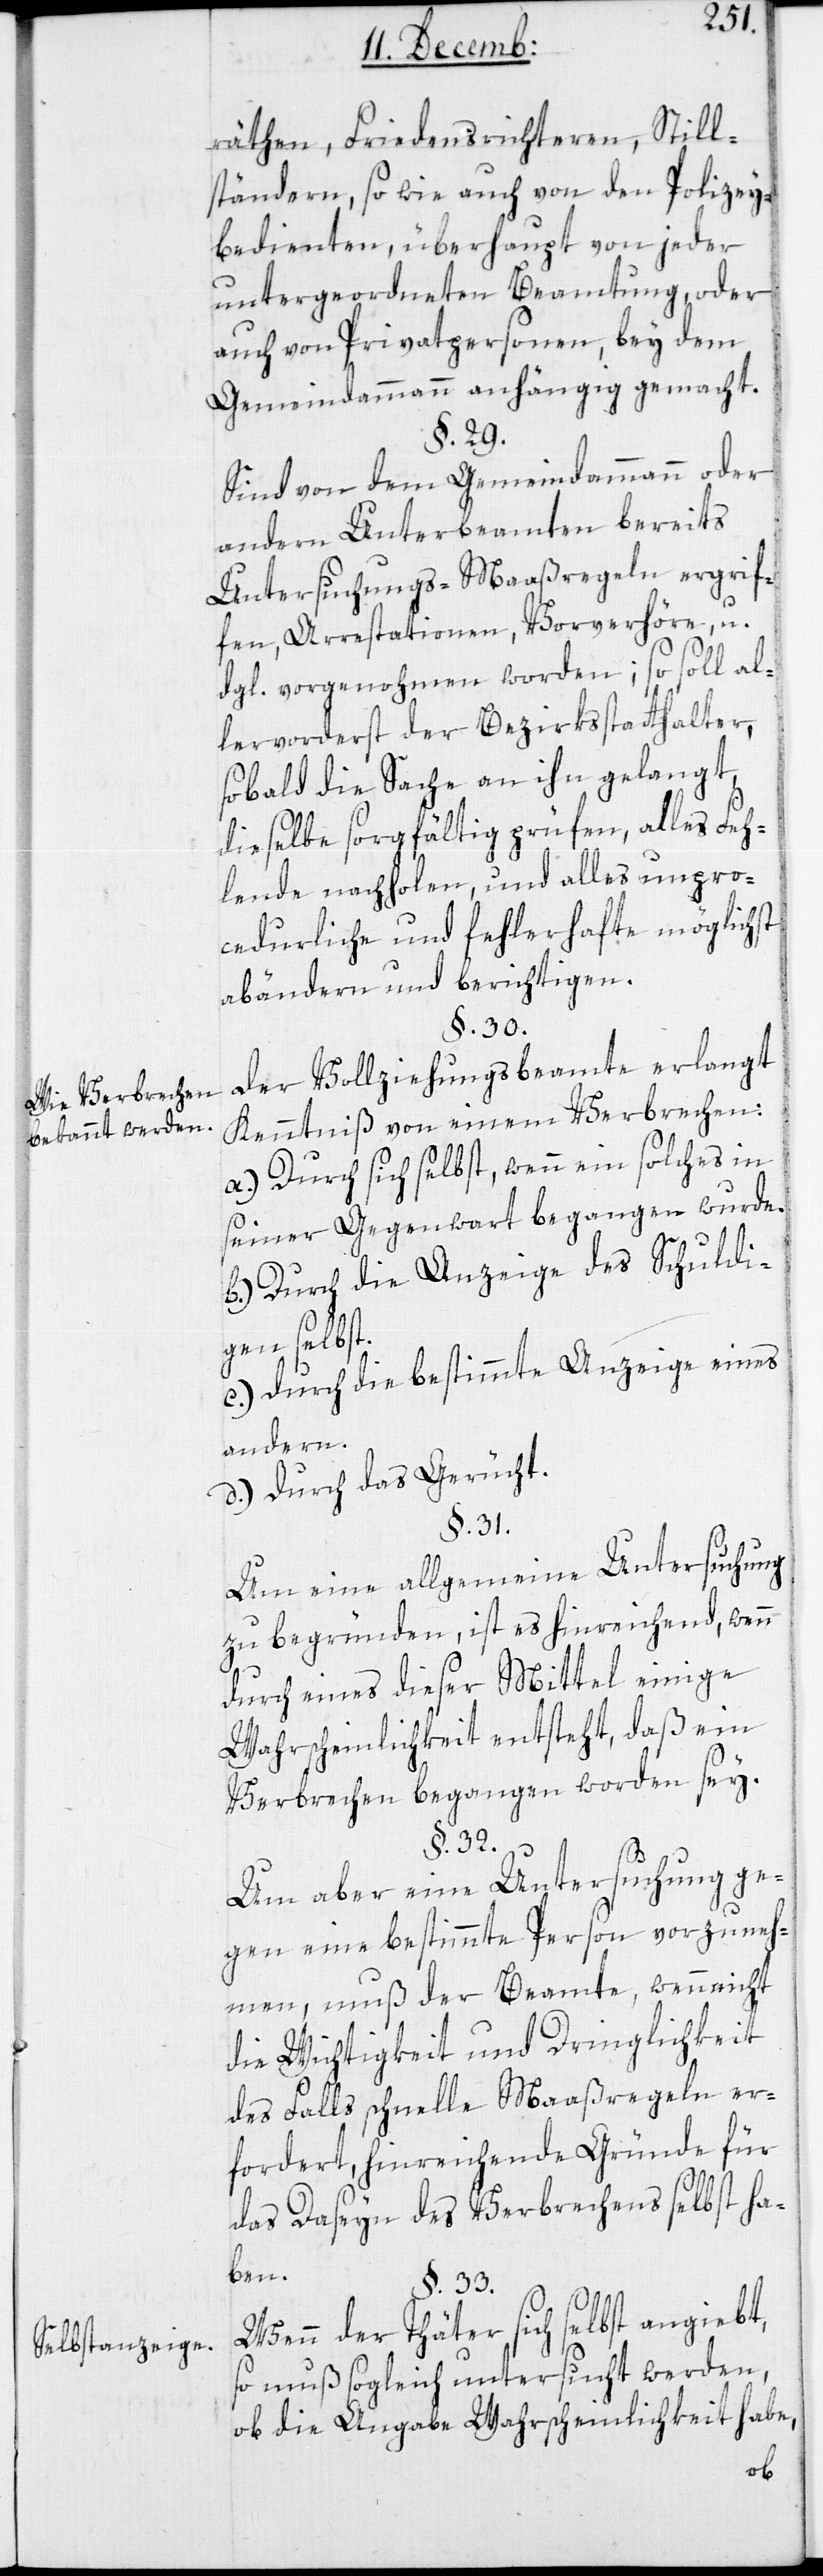
Wie Verbrechen
bekannt werden.
Selbstanzeige.

räthen, Friedensrichteren, Still¬
ständern, so wie auch von den Polizey¬
bedienten, überhaupt von jeder
untergeordneten Beamtung, oder
auch von Privatpersonen, bey dem
Gemeindammann anhängig gemacht.
§. 29.
Sind von dem Gemeindamman oder
andern Unterbeamten bereits
Untersuchungs-Maaßregeln ergrif¬
fen, Arrestationen, Vorverhöre u.
dgl. vorgenohmen worden; so soll al¬
lervorderst der Bezirksstatthalter,
sobald die Sache an ihn gelangt,
dieselbe sorgfältig prüfen, alles Feh¬
lende nachholen, und alles unpro¬
cedurliche und fehlerhafte möglichst
abändern und berichtigen.
§. 30.
Der Vollziehungsbeamte erlangt
Kenntniß von einem Verbrechen:
a.) Durch sich selbst, wenn ein solches in
seiner Gegenwart begangen wurde.
b.) Durch die Anzeige des Schuldi¬
gen selbst.
c.) Durch die bestimmte Anzeige eines
anderen.
d.) Durch das Gerücht.
§. 31.
Um eine allgemeine Untersuchung
zu begründen, ist es hinreichend, wenn
durch eines dieser Mittel einige
Wahrscheinlichkeit entsteht, daß ein
Verbrechen begangen worden sey.
§. 32.
Um aber eine Untersuchung ge¬
gen eine bestimmte Person vorzuneh¬
men, muß der Beamte, wenn nicht
die Wichtigkeit und Dringlichkeit
des Falls schnelle Maaßregeln er¬
fordert, hinreichende Gründe für
das Daseyn des Verbrechens selbst ha¬
ben.
§. 33.
Wenn der Thäter sich selbst angiebt,
so muß sogleich untersucht werden,
ob die Angabe Wahrscheinlichkeit habe,